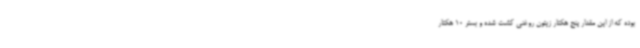
بوده که از این مقدار پنج هکتار زیتون روغنی کشت شده و بستر 10 هکتار